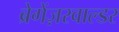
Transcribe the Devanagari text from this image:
ब्रेगेंज़रवाल्डर